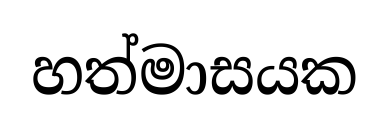
හත්මාසයක